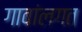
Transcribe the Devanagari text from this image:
गावांलगत